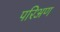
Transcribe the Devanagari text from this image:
परिअण